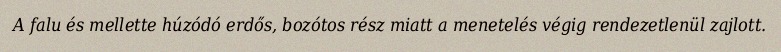
A falu és mellette húzódó erdős, bozótos rész miatt a menetelés végig rendezetlenül zajlott.